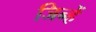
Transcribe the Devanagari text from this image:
जिन्हेें